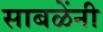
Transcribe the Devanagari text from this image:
साबळेंनी